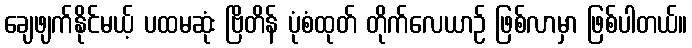
ချေဖျက်နိုင်မယ့် ပထမဆုံး ဗြိတိန် ပုံစံထုတ် တိုက်လေယာဉ် ဖြစ်လာမှာ ဖြစ်ပါတယ်။